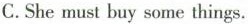
C.She must buy some things.